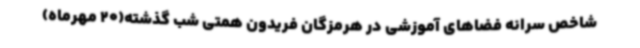
شاخص سرانه فضاهای آموزشی در هرمزگان فریدون همتی شب گذشته(20 مهرماه)